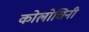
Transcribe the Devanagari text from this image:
कोलोचिनी